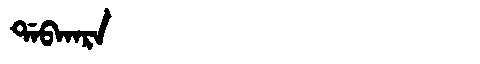
Manchu: ᡩᠠᠪᡴᠠᡵᠠ
Romanization: DABKARA